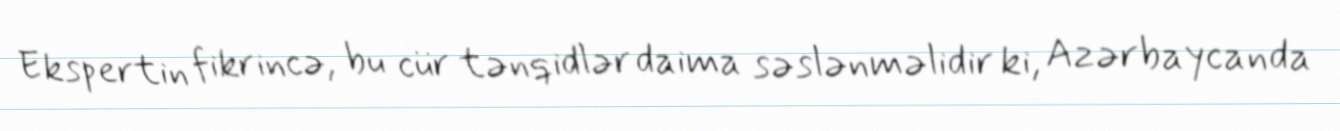
Ekspertin fikrincə, bu cür tənqidlər daima səslənməlidir ki, Azərbaycanda